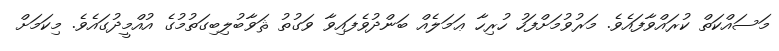
މަސައްކަތް ކުރައްވާފައެވެ. މަރުވުމަށްފަހު ހުރިހާ ޢަމަލެއް ބަންދުވެފައިވާ ވަގުތު ޘަވާބުލިބިގަތުމުގެ އުއްމީދުގައެވެ. މިކަމަށް